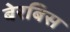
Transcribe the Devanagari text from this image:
बेरबिस